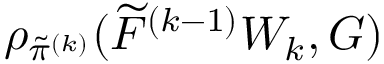
\rho _ { \tilde { \pi } ^ { ( k ) } } ( \widetilde { F } ^ { ( k - 1 ) } W _ { k } , G )